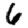
Digit: 6